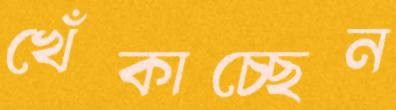
খেঁকাচ্ছেন